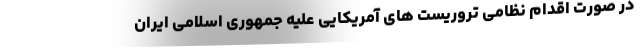
در صورت اقدام نظامی تروریست های آمریکایی علیه جمهوری اسلامی ایران